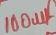
Text: 100µF